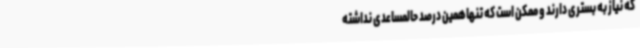
که نیاز به بستری دارند و ممکن است که تنهاهمین درصد حالمساعدی نداشته